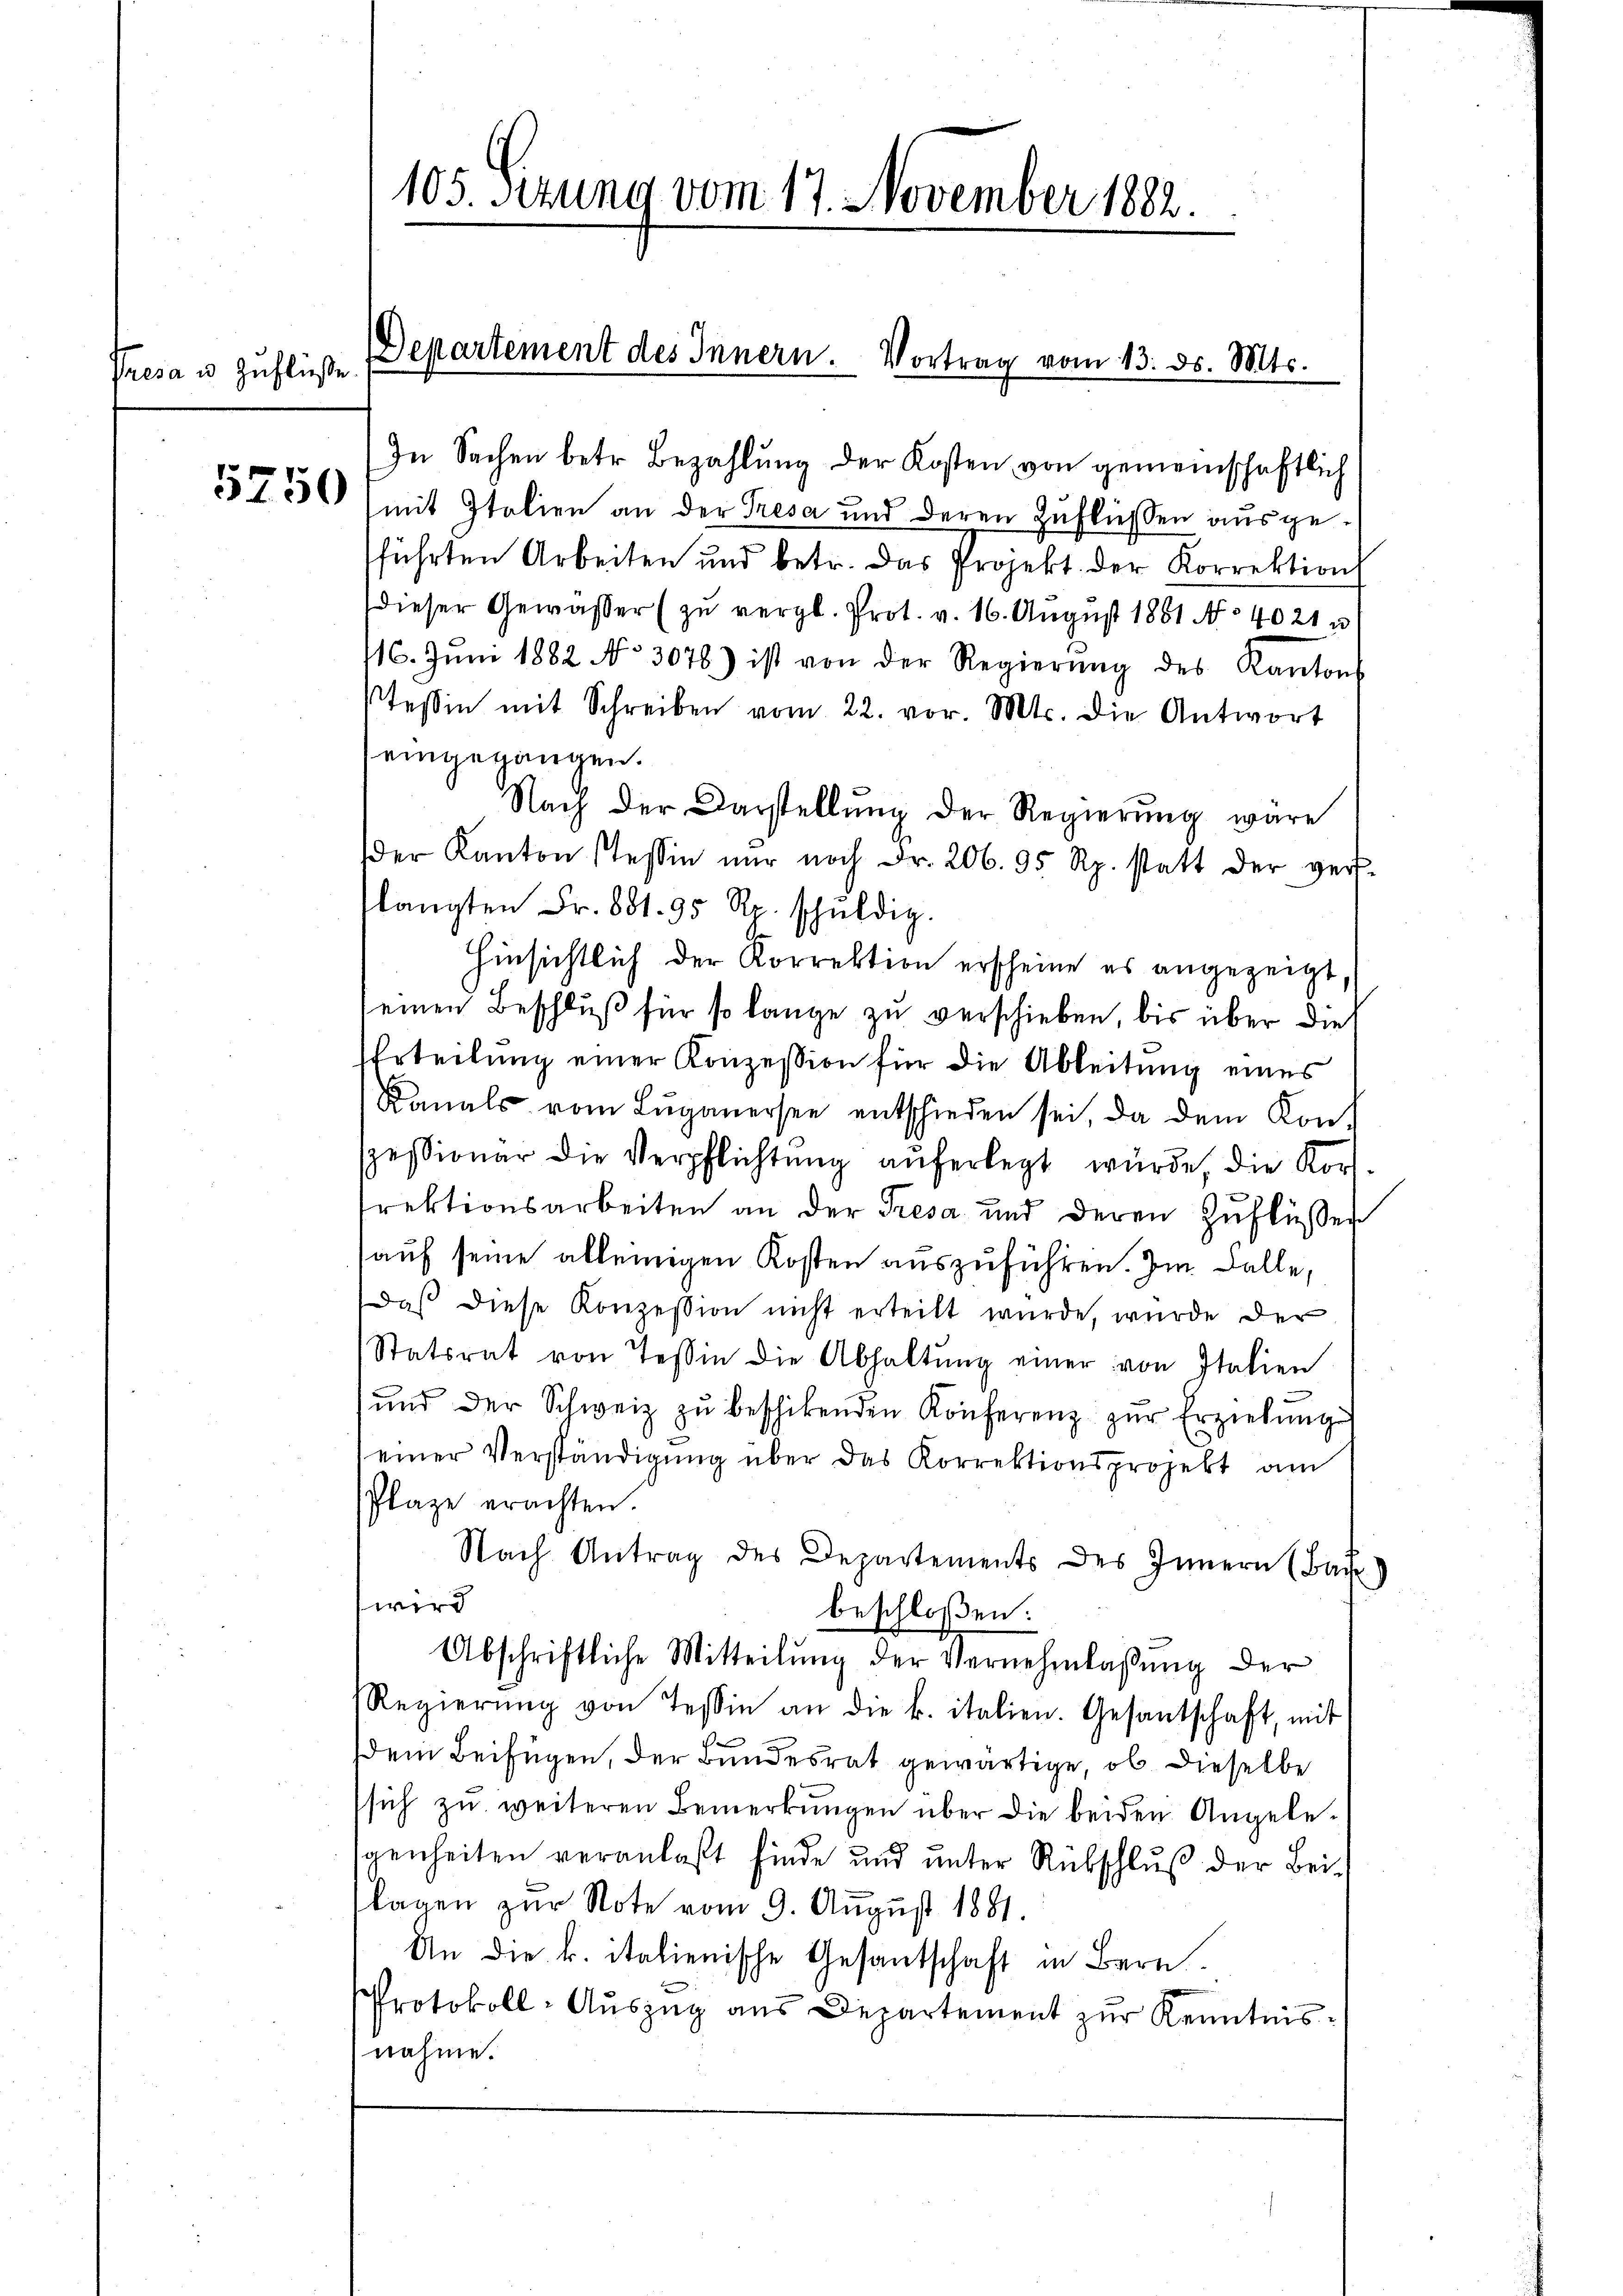
Presa u. Zuflüße

5750

105. Sitzung vom 17. November 1882.

In Sachen betr. Bezahlung der Kosten von gemeinschaftlich
mit Italien an der Tresa und deren Zuflüssen ausgefführten Arbeiten und betr. das Projekt. der Korrektion
Dieser Gewässer (zu vergl. Prot. v. 16. August 1881 No 4021 u
16. Jŭni 1882 No 3076) ist von der Regierŭng des Kantons
Tessin mit Schreiben vom 22. vor. Mts. die Antwort
eingegangen.
Nach der Darstellung der Regierung wäre
der Kanton Tessin nŭr noch Fr. 206. 95 Rp. statt der ver-
langten Fr. 881. 95 Rp. schŭldig.
Hinsichtlich der Korrektion erscheine es angezeigt.
seinen Beschluß für so lange zu verschieben, bis über die
EErteilung einer Konzession für die Ableitung eines
Kanals vom Luganersee entschieden sei, da dem Konspessionar die Verpflichtŭng aŭferlegt würde, die Kor
irektionsarbeiten an der Tresa und deren Zuflüssen
auf seine alleinigen Kosten auszuführen. Im Falle,
Daß diese Konzession nicht erteilt wurde, wurde der
Statsrat von Tessin die Abhaltŭng einer von Italien
ŭnd der Schweiz zŭ beschickenden Konferenz zŭr Erziehŭng
einer Verständigŭng über das Korrektionsprojekt am
Plaze erachten.
Nach Antrag des Departements des Innern (Bar)
wird
beschloßen:
Abschriftliche Mitteilŭng der Vernehmlassŭng der
Regierŭng von Tessin an die k. italien. Gesantschaft, mit
dem Beifügen, der Bundesrat gewärtige, ob dieselbe
sich zu weiteren Bemerkungen über die beiden Angele-
genheiten veranlaßt finde und unter Rebschluß der Bei¬
Klagen zŭr Note vom 9. August 1881.
An die k. italienische Gesantschaft in Bern.
Protokoll-Aŭszŭg aŭs Departement zŭr Kenntnisnahme.

Departement des Innern. Vortrag vom 13. ds. Mts.